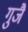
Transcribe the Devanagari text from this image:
गुजै